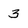
Character: 3